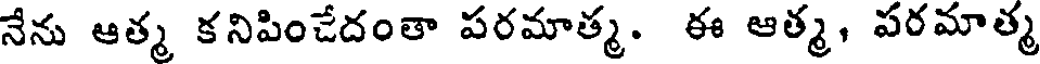
నేను ఆత్మ కనిపించేదంతా పరమాత్మ. ఈ ఆత్మ, పరమాత్మ